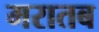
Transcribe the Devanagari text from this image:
मरातब